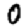
Digit: 0